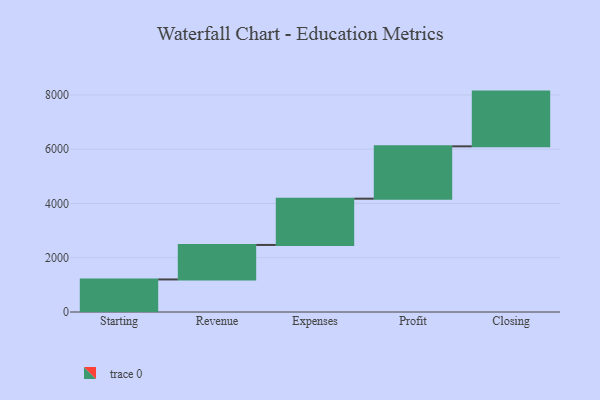
{"axis": {"x": "Step", "y": "Value"}, "legend": [""], "data": [{"x": "Starting", "y": 1200.0, "type": ""}, {"x": "Revenue", "y": 1271.0, "type": ""}, {"x": "Expenses", "y": 1705.0, "type": ""}, {"x": "Profit", "y": 1929.0, "type": ""}, {"x": "Closing", "y": 2017.0, "type": ""}]}